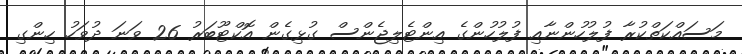
މަސައްކަތްކުރާ ފުލުހުންނާއި ފުލުހުންގެ އިންޓެލިޖެންސް ގުޅިގެން އޮކްޓޫބަރު 26 ވަނަ ދުވަހު ހިންގި